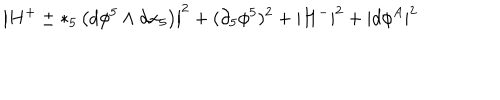
\left| H ^ { + } \pm * _ { 5 } \left( d \phi ^ { 5 } \wedge d x _ { 5 } \right) \right| ^ { 2 } + ( \partial _ { 5 } \phi ^ { 5 } ) ^ { 2 } + \left| H ^ { - } \right| ^ { 2 } + | d \phi ^ { A } | ^ { 2 }